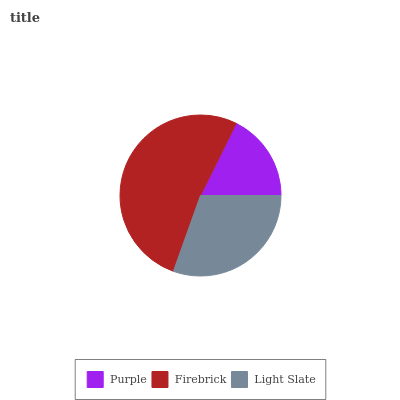
| Purple | Firebrick | Light Slate |
 | --- | --- | --- |
 | 17.7% | 51.9% | 30.4% |